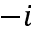
- i